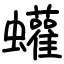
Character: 蠸